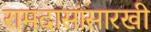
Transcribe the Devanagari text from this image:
रामदासांसारखी